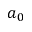
a _ { 0 }